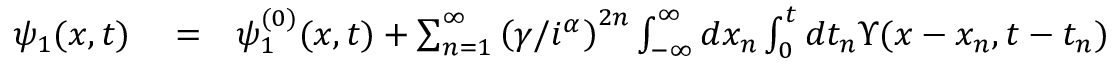
\begin{array} { r l r } { \psi _ { 1 } ( x , t ) } & { { } = } & { \psi _ { 1 } ^ { ( 0 ) } ( x , t ) + \sum _ { n = 1 } ^ { \infty } \left( \gamma / i ^ { \alpha } \right) ^ { 2 n } \int _ { - \infty } ^ { \infty } d x _ { n } \int _ { 0 } ^ { t } d t _ { n } { \Upsilon } ( x - x _ { n } , t - t _ { n } ) } \end{array}